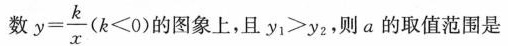
数 $$y = \frac { k } { x } ( k < 0 )$$ 的图象上，且$$y _ { 1 } > y _ { 2 }$$，则α的取值范围是